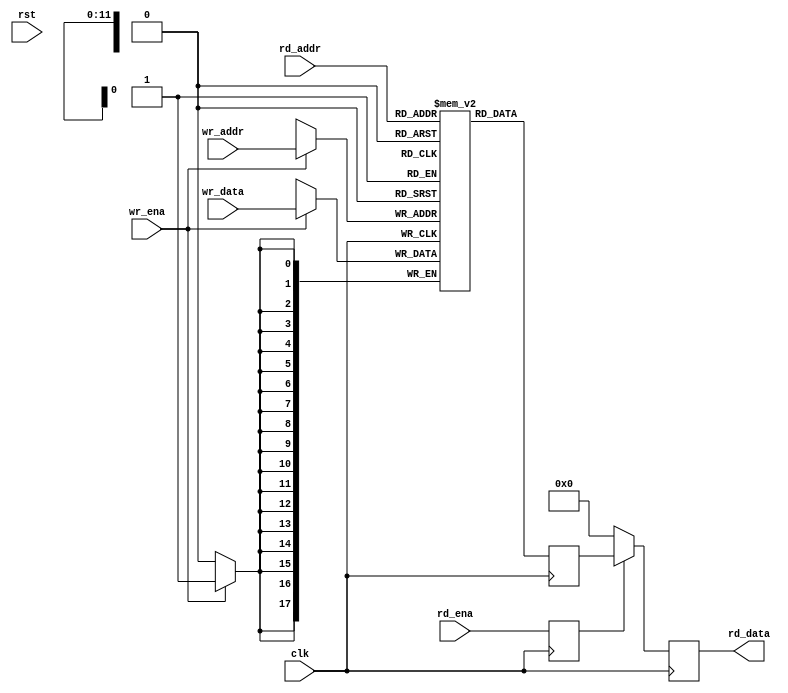
/*
 * f15_line_mem.v
 *
 * Memory for a single line to compute max-hold / average
 * Read latency is 2 and if read is not enabled, output data is forced
 * to zero.
 *
 * Copyright (C) 2015  Ettus Corporation LLC
 * Copyright 2018 Ettus Research, a National Instruments Company
 *
 * SPDX-License-Identifier: LGPL-3.0-or-later
 *
 * vim: ts=4 sw=4
 */

`ifdef SIM
`default_nettype none
`endif

module f15_line_mem #(
	parameter integer AWIDTH = 12,
    parameter integer DWIDTH = 18
)(
	input  wire [AWIDTH-1:0] rd_addr,
	output reg  [DWIDTH-1:0] rd_data,
	input  wire rd_ena,

	input  wire [AWIDTH-1:0] wr_addr,
	input  wire [DWIDTH-1:0] wr_data,
	input  wire wr_ena,

	input  wire clk,
	input  wire rst
);

	// Signals
	reg [DWIDTH-1:0] ram [(1<<AWIDTH)-1:0];
	reg [DWIDTH-1:0] rd_data_r;
	reg rd_ena_r;

`ifdef SIM
	integer i;
	initial
		for (i=0; i<(1<<AWIDTH); i=i+1)
			ram[i] = 0;
`endif

	always @(posedge clk)
	begin
		// Read
		rd_data_r <= ram[rd_addr];

		// Write
		if (wr_ena)
			ram[wr_addr] <= wr_data;

		// Register the enable flag
		rd_ena_r <= rd_ena;

		// Final read register
		if (rd_ena_r)
			rd_data <= rd_data_r;
		else
			rd_data <= 0;
	end

endmodule // f15_line_mem